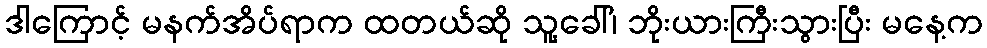
ဒါကြောင့် မနက်အိပ်ရာက ထတယ်ဆို သူ့ခေါ်၊ ဘိုးယားကြီးသွားပြီး မနေ့က